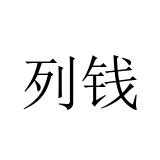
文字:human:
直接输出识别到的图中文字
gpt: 列钱